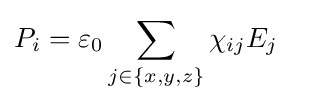
P_{i}=\varepsilon _{0}\sum _{j\in \{x,y,z\}}\chi _{ij}E_{j}\quad